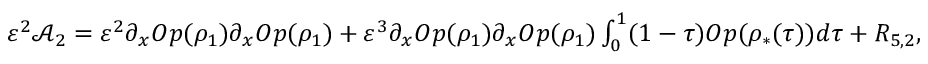
\begin{array} { r } { \varepsilon ^ { 2 } \mathcal { A } _ { 2 } = \varepsilon ^ { 2 } \partial _ { x } O p ( \rho _ { 1 } ) \partial _ { x } O p ( \rho _ { 1 } ) + \varepsilon ^ { 3 } \partial _ { x } O p ( \rho _ { 1 } ) \partial _ { x } O p ( \rho _ { 1 } ) \int _ { 0 } ^ { 1 } ( 1 - \tau ) O p ( \rho _ { * } ( \tau ) ) d \tau + { R } _ { 5 , 2 } , } \end{array}